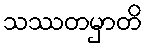
သဿတမှာတိ